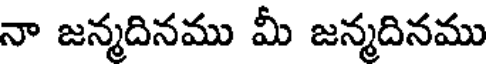
నా జన్మదినము మీ జన్మదినము